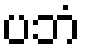
ပဘံ